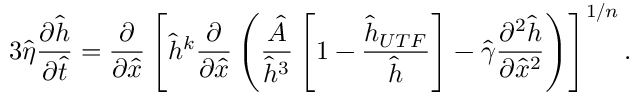
3 \hat { \eta } \frac { \partial \hat { h } } { \partial \hat { t } } = \frac { \partial } { \partial \hat { x } } \left[ \hat { h } ^ { k } \frac { \partial } { \partial \hat { x } } \left( \frac { \hat { A } } { \hat { h } ^ { 3 } } \left[ 1 - \frac { \hat { h } _ { U T F } } { \hat { h } } \right] - \hat { \gamma } \frac { \partial ^ { 2 } \hat { h } } { \partial \hat { x } ^ { 2 } } \right) \right] ^ { 1 / n } .